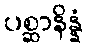
ပစ္ဆာနိန္နံ